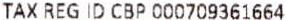
TAX REG ID CBP 000709361664